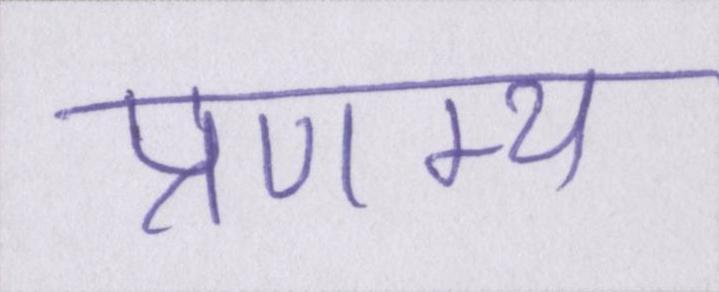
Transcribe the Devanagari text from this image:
प्रणम्य